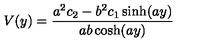
V ( y ) = { \frac { a ^ { 2 } c _ { 2 } - b ^ { 2 } c _ { 1 } \sinh ( a y ) } { a b \cosh ( a y ) } }